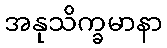
အနုသိက္ခမာနာ